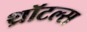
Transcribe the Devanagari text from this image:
थ्रॉटल्स